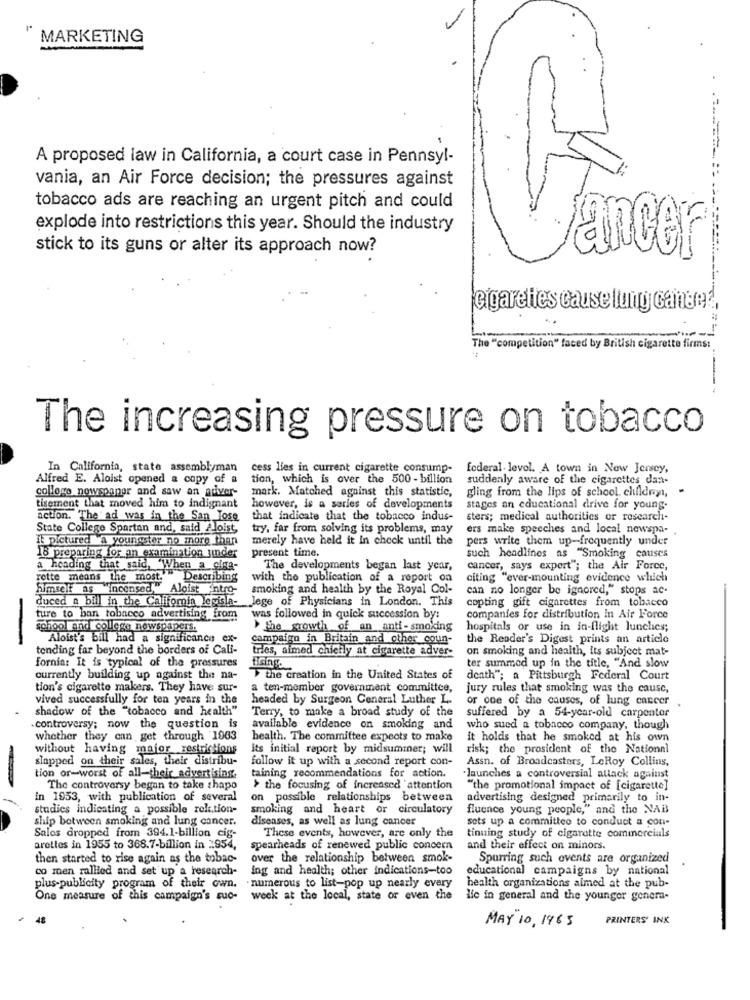
MARKETING
A proposed law in California, a court case in Pennsyl-
vania, an Air Force decision; the pressures against
tobacco ads are reaching an urgent pitch and could
explode into restrictions this year. Should the industry
stick to its guns or alter its approach now?
Pancer
cigarettes cause lung cance ?,
-
The "competition" faced by British cigarette firms:
The increasing pressure on tobacco
In California, state assemblyman
cess lies in current cigarette consump-
federal levol. A town in New Jersey,
Alfred E. Aloist opened a copy of a
tion, which is over the 500 - billion
suddenly aware of the cigarettes dan-
collogo nowsooner and saw an adiver-
mark. Matched against this statistic,
gling from the lips of school childryt, -
tisement that moved him to indignant
however, is a series of developments
stages an educational drive for young-
action. The ad was in the San Jose
that indicate that the tobacco indus-
sters; medical authorities or research-
State College Spartan and, said 2.loist,
try, far from solving its problems, may
ers make speeches and local newspa-
IE pictured a youngster no more than
merely have held it In check until the
pers write them up-frequently under
present time.
18 preparing for an examination jinder
such headlines as "Smoking causes
a heading that said, "When a cisa-
The developments began last year,
cancer, says expert"; the Air Force,
rette means the most."Describing
with the publication of a report on
citing "ever-mounting evidence which
himself as incensed
na Aloist intro-
smoking and health by the Royal Col-
can no longer be ignored," stops ac-
duced a bill in the Chifomia legisla- lege of Physicians in London. This
copting gift cigarettes from tobacco
ture to ban tobacco advertising from
was followed in quick succession by:
companies for distribution In Air Force
school and college newspapers.
> the growth of an anti-smoking
hospitals or use in in-flight lunches;
-
Aloist's bill had a significance ex-
campaign in Britain and other coun-
the Reader's Digest prints an article
tending far beyond the borders of Cali-
tries, aimed chiefly at cigarette adver-
on smoking and health, its subject mat-
fornin: It is typical of the pressures
Lising.
ter summed up in the title, "And slow
currently building up against the na-
the creation in the United States of
death"; a Pittsburgh Federal Court
tion's cigarette makers. They have sur-
a ten-member government committee,
jury rules that smoking was the cause,
vived successfully for ten years in the
headed by Surgeon Ceneral Luther L.
or one of the causes, of lung cancer
shadow of the "tobacco and health"
Terry, to make a broad study of the
suffered by a 54-year-old carpenter
.controversy; now the question is
available evidence on smoking and
who sued a tobacco company, though
whether they can get through 1963
health. The committee expects to make
it holds that he smoked at his own
without having major restrictions
its initial report by midsummer; will
risk; the prosident of the National
slapped on their sales, their distribu-
follow it up with a second report con-
Assn. of Broadcasters, LeRoy Collins,
taining recommendations for action.
tion or-worst of all-their advertising.
.launches a controversial attack against
The controversy began to take shapo
> the focusing of increased attention
"the promotional impact of [cigarette]
in 1953, with publication of several
on possible relationships between
advertising designed primarily to in-
studies indicating a possible relation-
smoking and heart or circulatory
fluence young people," and the NAi
ship between smoking and lung cancer.
diseases, as well as lung cancer
sets up a committee to conduct a con-
These events, however, are only the
Sales dropped from 394.1-billion cig-
tinuing study of cigarette commercials
arettes in 1955 to 368.7-billion in 1954,
spearheads of renewed public concern
and their effect on minors.
then started to rise again as the tobac-
over the relationship between smok-
Spurring such events are organized
co men rallied and set up a research-
ing and health; other indications-too
educational campaigns by national
plus-publicity program of their own.
numerous to list-pop up nearly every
health organizations aimed at the pub-
One measure of this campaign's suc-
weck at the local, state or even the
ile in general and the younger genera-
MAY" 10, 1965
PRINTERS' INK